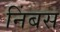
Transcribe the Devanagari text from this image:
निंबस